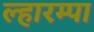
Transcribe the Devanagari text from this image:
ल्हारम्पा